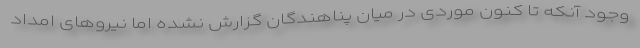
وجود آنکه تا کنون موردی در میان پناهندگان گزارش نشده اما نیروهای امداد